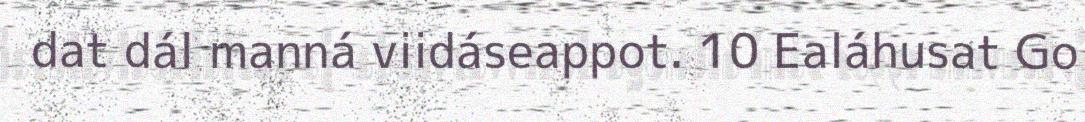
dat dál manná viidáseappot. 10 Ealáhusat Go